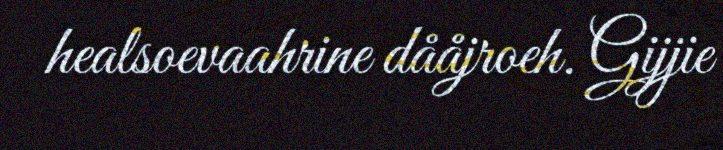
healsoevaahrine dååjroeh. Gijjie